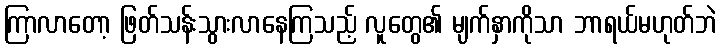
ကြာလာတော့ ဖြတ်သန်းသွားလာနေကြသည့် လူတွေ၏ မျက်နှာကိုသာ ဘာရယ်မဟုတ်ဘဲ